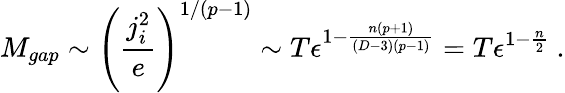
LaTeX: M_{gap}\sim\left({\frac{j_{i}^{2}}{e}}\right)^{1/(p-1)}\sim T\epsilon^{1-{\frac{n(p+1)}{(D-3)(p-1)}}}=T\epsilon^{1-{\frac{n}{2}}}\ .